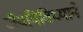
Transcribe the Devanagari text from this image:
जैवविविध्याने